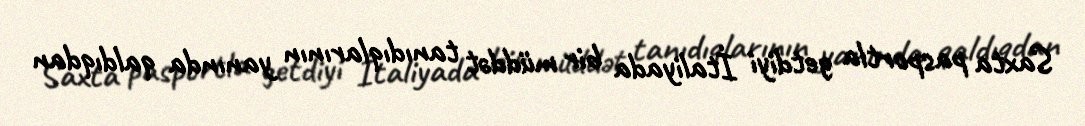
Saxta pasportla getdiyi İtaliyada bir müddət tanıdıqlarının yanında qaldıqdan